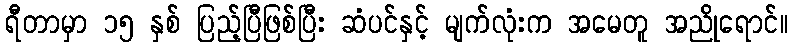
ရီတာမှာ ၁၅ နှစ် ပြည့်ပြီဖြစ်ပြီး ဆံပင်နှင့် မျက်လုံးက အမေတူ အညိုရောင်။